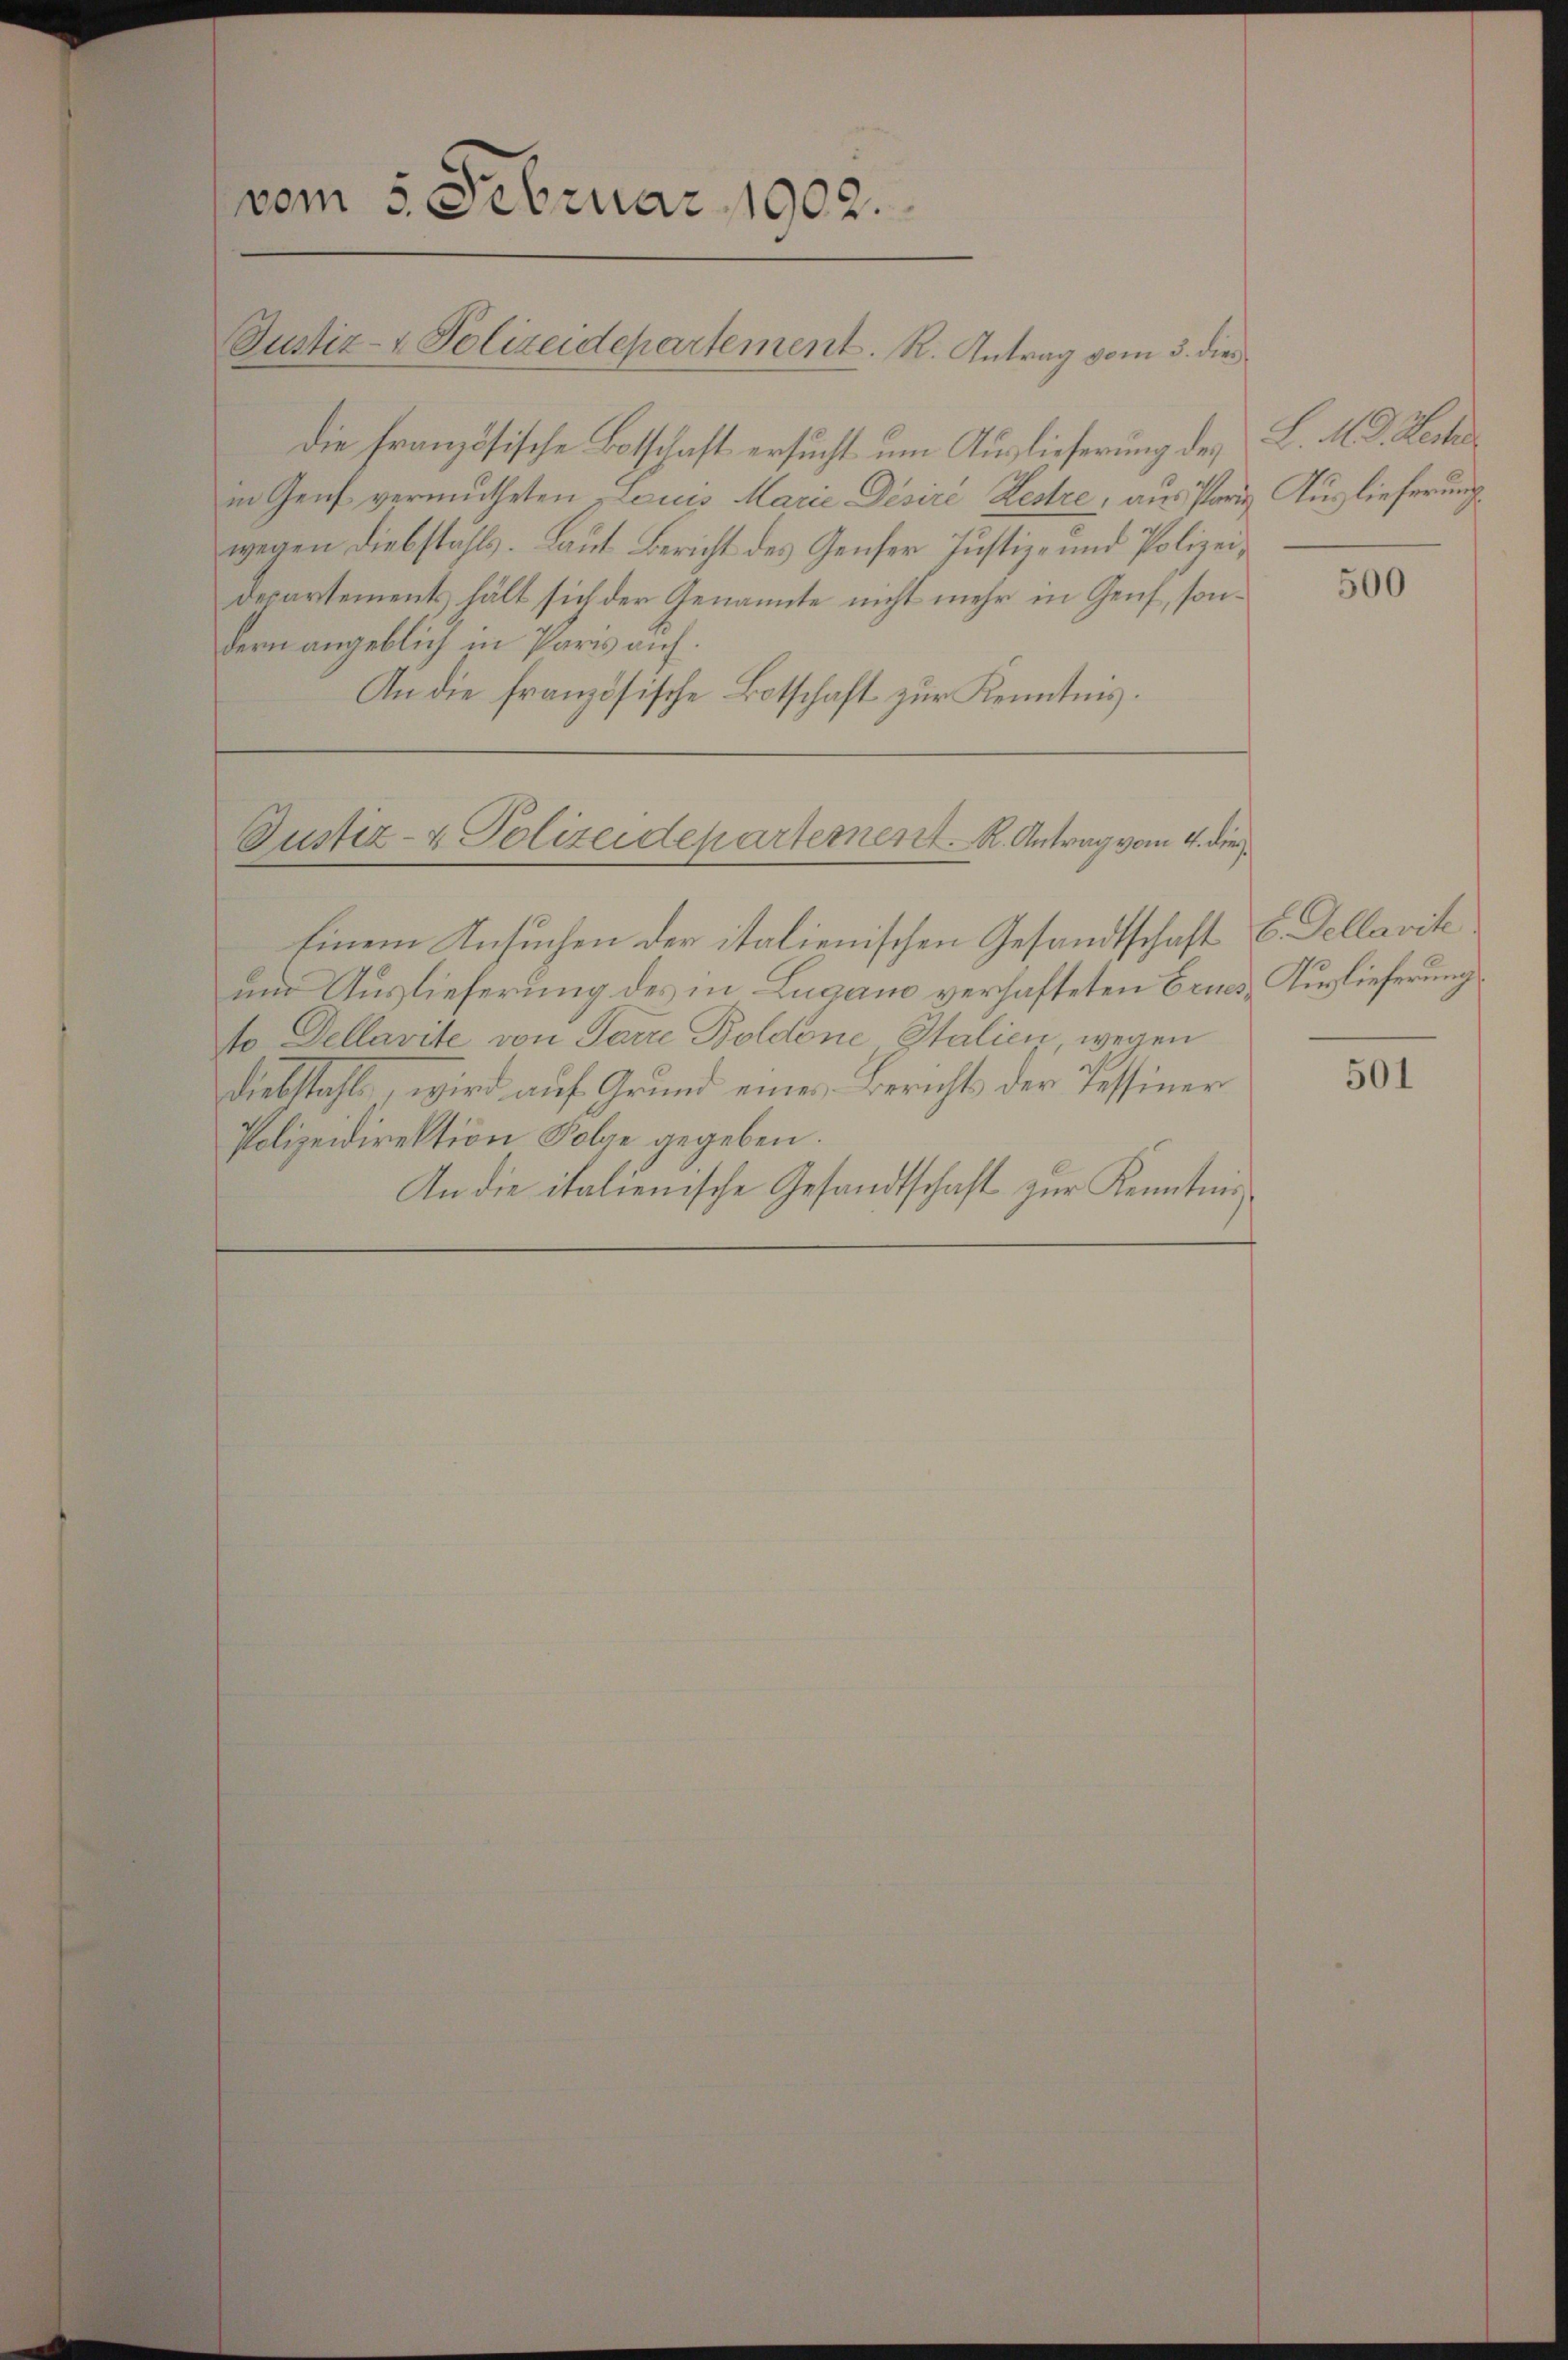
vom 5. Februar 1902.

Justiz- & Polizeidepartement. R. Antrag vom 3. die

Die französische Botschaft ersucht um Auslieferung der L. M. D. Rect
in Genf vermutheten Louis Marie Disire Restre, aus Paris Auslieferung.
wegen Diebstahls. Laut Bericht des Genfer Justiz- und Polizei¬
Departements hält sich der Genannte nicht mehr in Genf, sondern angeblich in Paris auf.
An die französische Botschaft zur Kenntnis.

Justiz- & Polizeidepartement. R. Antrag vom 4. die

Einem Ansuchen der italienischen Gesandtschaft
um Auslieferung des in Lugano verhafteten Ernes¬
No Dellarite von Parre Boldone Italien, wegen
Diebstahle, wird auf Grund eine Berichts der Tessiner
Polizeidirektion Folge gegeben.
An die italienische Gesandtschaft zur Kenntnis¬

500

6. Sellarite
Auslieferung.

501